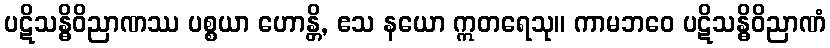
ပဋိသန္ဓိဝိညာဏဿ ပစ္စယာ ဟောန္တိ, ဧသ နယော ဣတရေသု။ ကာမဘဝေ ပဋိသန္ဓိဝိညာဏံ